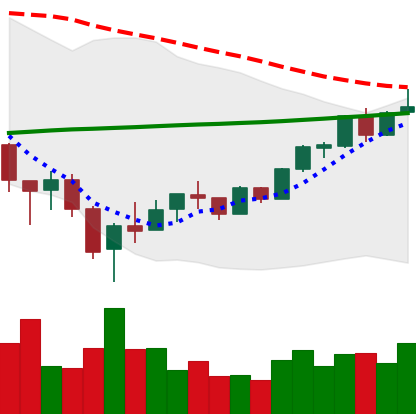
Ticker: BTC-USD
Chart end date: 2018-02-20
Forward return: -15.249%
Label: down_7plus